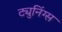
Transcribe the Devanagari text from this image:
ट्युनिंग्स